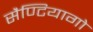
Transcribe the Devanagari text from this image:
सैण्टियागो